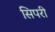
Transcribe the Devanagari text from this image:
सिपरी